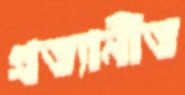
প্রত্যানীত